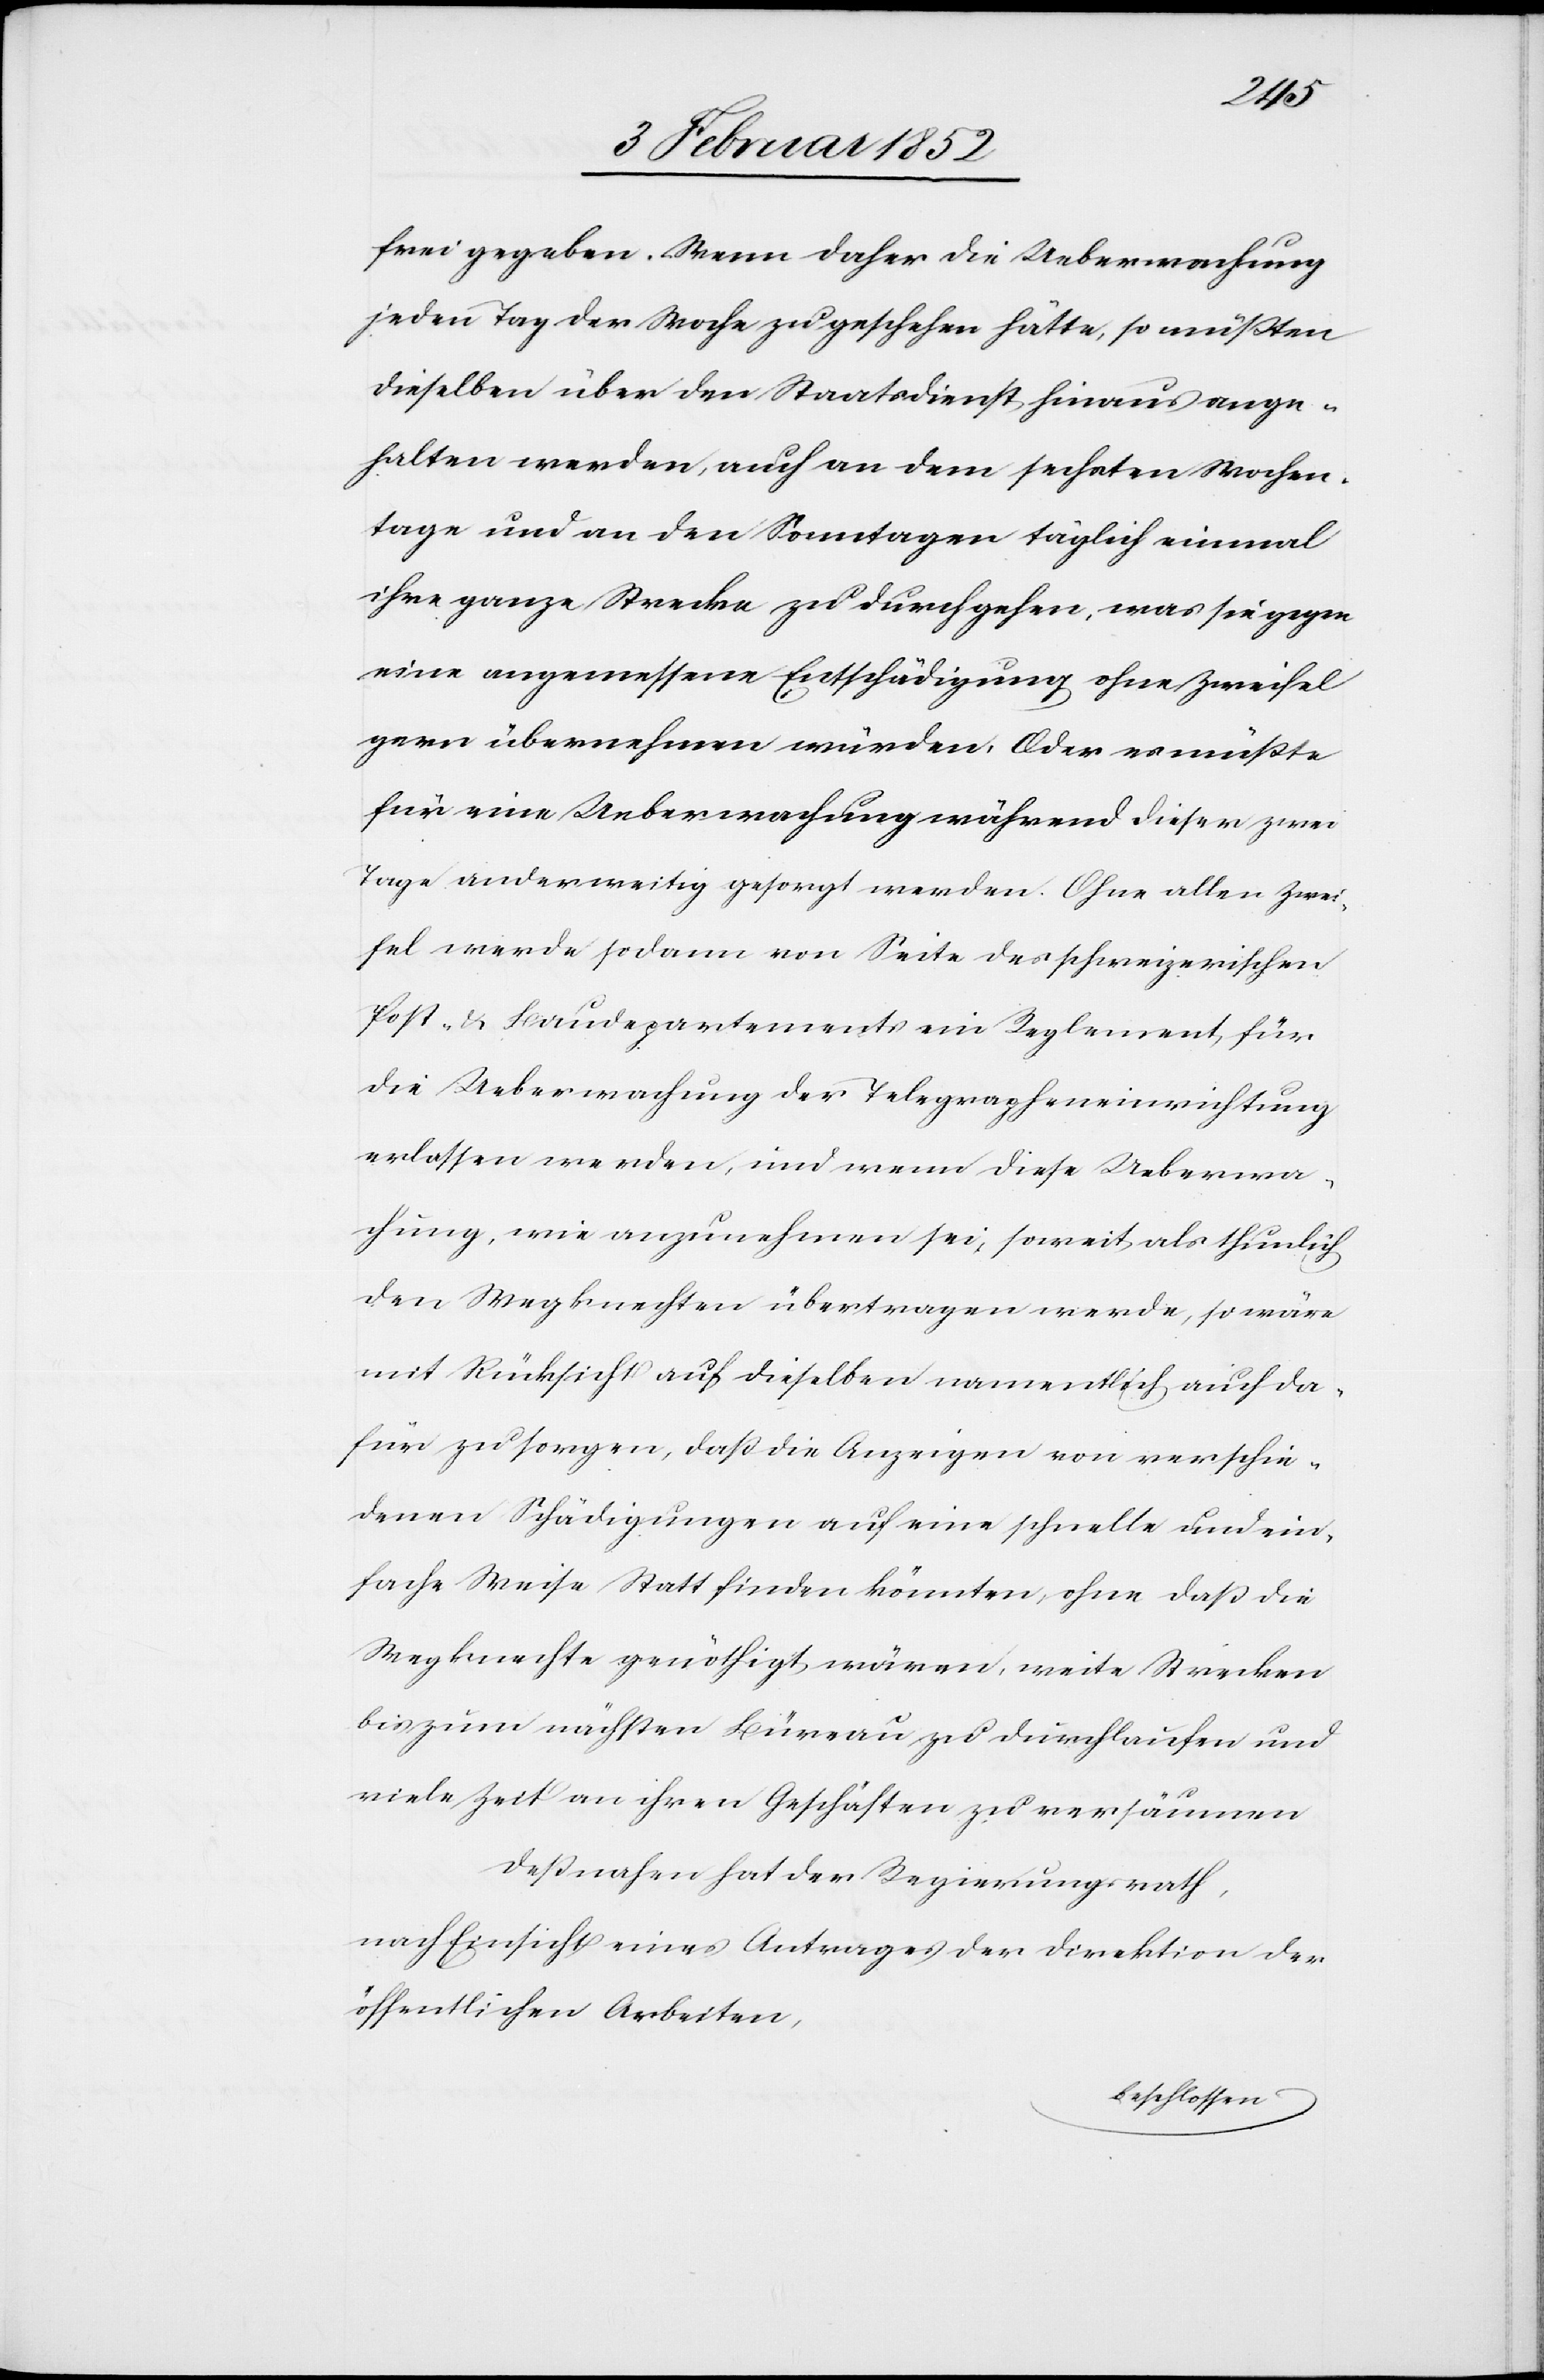
frei gegeben. Wenn daher die Uebermachung
jeden Tag der Woche zu geschehen hätte, so müßten
dieselben über den Staatsdienst hinaus ange¬
halten werden, auch an dem sechsten Wochen¬
tage und an den Sonntagen täglich einmal
ihre ganze Strecke zu durchgehen, was sie gegen
eine angemessene Entschädigung ohne Zweifel
gern übernehmen würden. Oder es müßte
für eine Uebermachung während dieser zwei
Tage anderweitig gesorgt werden. Ohne allen Zwei¬
fel werde sodann von Seite des schweizerischen
Post- u. Baudepartements ein Reglement für
die Uebermachung der Telegrapheneinrichtung
erlassen werden, und wenn diese Ueberma¬
chung, wie anzunehmen sei, soweit als thunlich
den Wegknechten übertragen werde, so wäre
mit Rücksicht auf dieselben namentlich auch da¬
für zu sorgen, daß die Anzeigen von verschie¬
denen Schädigungen auf eine schnelle und ein¬
fache Weise Statt finden könnten, ohne daß die
Wegknechte genöthigt wären, weite Strecken
bis zum nächsten Büreau zu durchlaufen und
viele Zeit an ihren Geschäften zu versäumen.
Deßnahen hat der Regierungsrath,
nach Einsicht eines Antrages der Direktion der
öffentlichen Arbeiten,